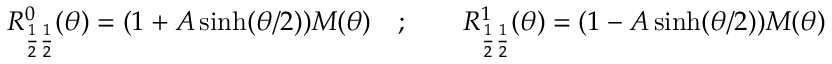
R _ { \frac { 1 } { 2 } \frac { 1 } { 2 } } ^ { 0 } ( \theta ) = ( 1 + A \sinh ( \theta / 2 ) ) M ( \theta ) \quad ; \qquad R _ { \frac { 1 } { 2 } \frac { 1 } { 2 } } ^ { 1 } ( \theta ) = ( 1 - A \sinh ( \theta / 2 ) ) M ( \theta )